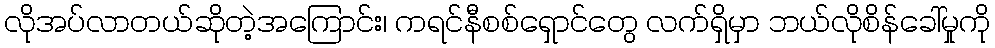
လိုအပ်လာတယ်ဆိုတဲ့အကြောင်း၊ ကရင်နီစစ်ရှောင်တွေ လက်ရှိမှာ ဘယ်လိုစိန်ခေါ်မှုကို